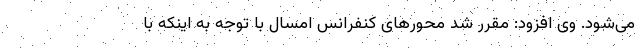
می‌شود. وی افزود: مقرر شد محورهای کنفرانس امسال با توجه به اینکه با